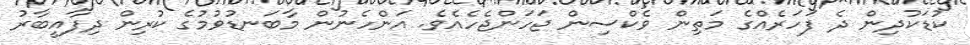
ކުޑަކުދިން ދެ ފަހަރެއްގެ މަތިން ވެކްސިން ޖަހަންޖެހެއެވެ. އަންހެނުން މާބަނޑުވުމުގެ ކުރިން ދިފާއީބާރު